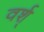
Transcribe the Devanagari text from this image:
वर्श्